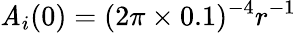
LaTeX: \mathit{A}_{i}(0)=(2\pi\times0.1)^{-4}r^{-1}